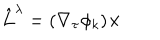
LaTeX: \hat { L } ^ { \lambda } = ( \nabla _ { \tau } \phi _ { k } ) \times